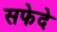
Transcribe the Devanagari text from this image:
सफेदे